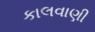
કાલવાણી